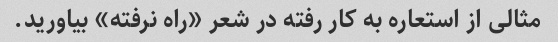
مثالی از استعاره به کار رفته در شعر «راه نرفته» بیاورید.